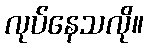
လုပ်နေသလို။